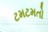
ટમટમતો